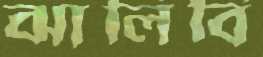
ঝালিবি